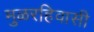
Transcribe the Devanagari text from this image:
मुळरहिवासी